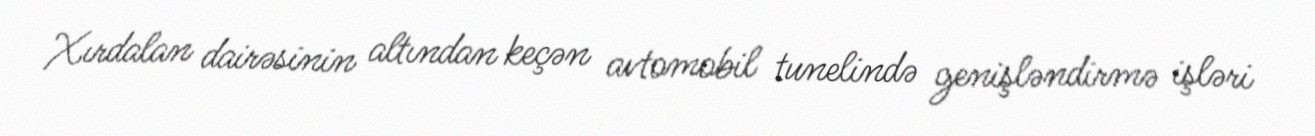
Xırdalan dairəsinin altından keçən avtomobil tunelində genişləndirmə işləri